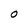
Character: O